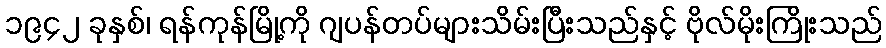
၁၉၄၂ ခုနှစ်၊ ရန်ကုန်မြို့ကို ဂျပန်တပ်များသိမ်းပြီးသည်နှင့် ဗိုလ်မိုးကြိုးသည်